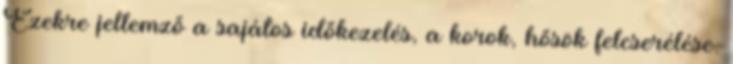
Ezekre jellemző a sajátos időkezelés, a korok, hősök felcserélése.